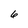
Character: 6